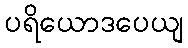
ပရိယောဒပေယျ